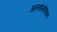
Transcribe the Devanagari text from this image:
अस्सोसीऐशन